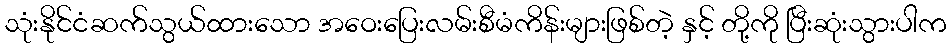
သုံးနိုင်ငံဆက်သွယ်ထားသော အဝေးပြေးလမ်းစီမံကိန်းများဖြစ်တဲ့ နှင့် တို့ကို ပြီးဆုံးသွားပါက